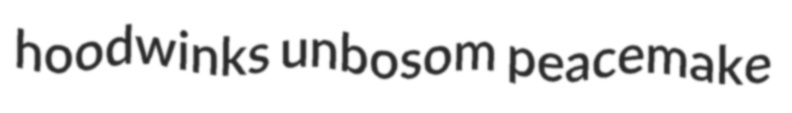
hoodwinks unbosom peacemake